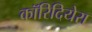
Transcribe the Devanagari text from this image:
कॉरिदियेरा